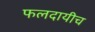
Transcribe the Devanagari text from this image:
फलदायीच